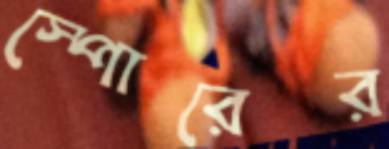
স্পোরের